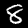
Label: 8